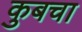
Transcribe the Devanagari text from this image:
कुबचा